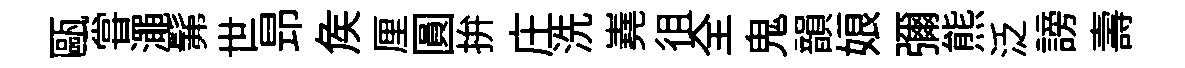
甌甞澠髴世昻矦厘圓拚庄洗嶤徂全鬼韻娘彌熊泛謗壽